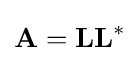
{\textstyle \mathbf {A} =\mathbf {LL} ^{\mathrm {*} }}